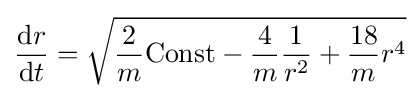
{{\frac {{\text{d}}r}{{\text{d}}t}}={\sqrt {{\frac {2}{m}}\mathrm {Const} -{\frac {4}{m}}{\frac {1}{r^{2}}}+{\frac {18}{m}}r^{4}}}}